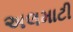
અલમાટી